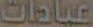
عبادات